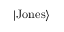
| \mathrm { J o n e s } \rangle